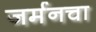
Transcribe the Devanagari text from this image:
जर्मनचा